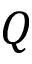
Q